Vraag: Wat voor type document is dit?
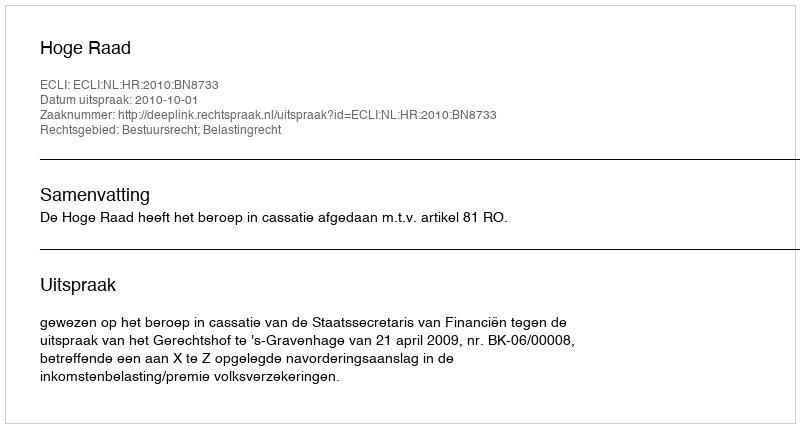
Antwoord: Uitspraak